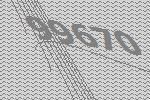
99670